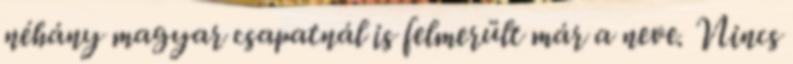
néhány magyar csapatnál is felmerült már a neve. Nincs